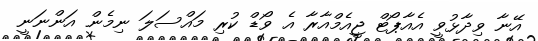
އޭނާ ވިދާޅުވީ އެއާޕޯޓް ޖީއެމްއާރާ އެ ވޯޑް ކުރި މައްސަލަ ނިމެން އަންނަނީ